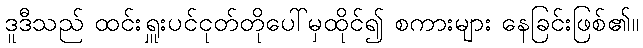
ဒူဒီသည် ထင်းရှူးပင်ငုတ်တိုပေါ်မှထိုင်၍ စကားများ နေခြင်းဖြစ်၏။